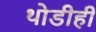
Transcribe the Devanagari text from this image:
थोडीही